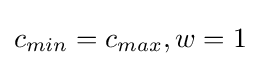
c_{min}=c_{max},w=1